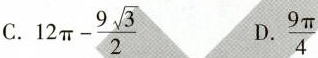
C. $$1 2 \pi - \frac { 9 \sqrt { 3 } } { 2 }$$ D.$$\frac { 9 \pi } { 4 }$$